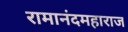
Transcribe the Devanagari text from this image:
रामानंदमहाराज